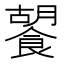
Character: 䭌